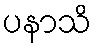
ပနာသိ